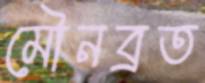
মৌনব্রত